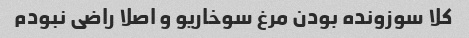
کلا سوزونده بودن مرغ سوخاریو و اصلا راضی نبودم